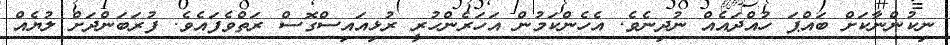
ނިކުންނާކަށް ބައްޕަ ހުއްދައެއް ނުދިނެވެ. އެހެންކަމުން އަހަރެންހުރީ ރުޅިއައިސްގޮސް ރަތްވެފައެވެ. ފުރަބަންދަށް ލުޔެއް